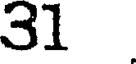
31